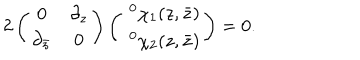
2 \left( \begin{array} { c c } { { 0 } } & { { \partial _ { z } } } \\ { { \partial _ { \bar { z } } } } & { { 0 } } \\ \end{array} \right) \left( \begin{array} { c } { { \; ^ { 0 } \chi _ { 1 } ( z , \bar { z } ) } } \\ { { \; ^ { 0 } \chi _ { 2 } ( z , \bar { z } ) } } \\ \end{array} \right) = 0 .